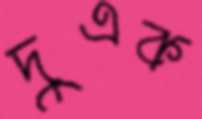
দুএক